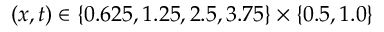
( x , t ) \in \{ 0 . 6 2 5 , 1 . 2 5 , 2 . 5 , 3 . 7 5 \} \times \{ 0 . 5 , 1 . 0 \}